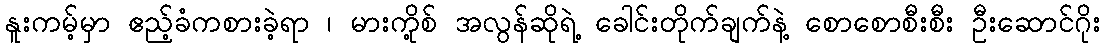
နူးကမ့်မှာ ဧည့်ခံကစားခဲ့ရာ ၊ မားကို့စ် အလွန်ဆိုရဲ့ ခေါင်းတိုက်ချက်နဲ့ စောစောစီးစီး ဦးဆောင်ဂိုး